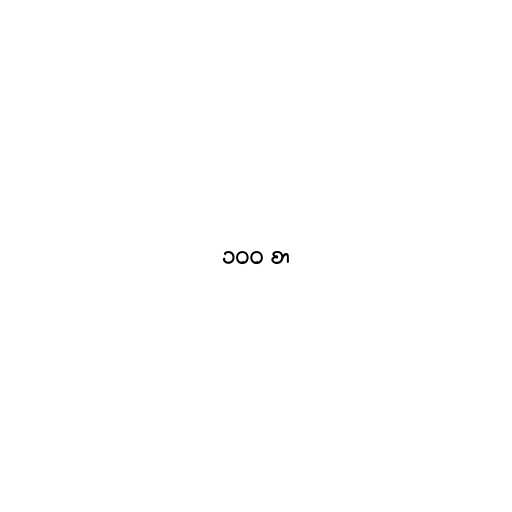
၁၀၀ စာ